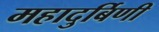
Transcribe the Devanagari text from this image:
महादुर्बिणी